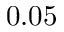
0 . 0 5